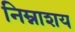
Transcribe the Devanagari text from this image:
निम्नाशय